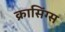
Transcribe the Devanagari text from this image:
क्रासिंग्स